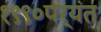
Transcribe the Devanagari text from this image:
१९९०पर्यंत